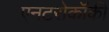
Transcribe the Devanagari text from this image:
एनटरोकॉकी